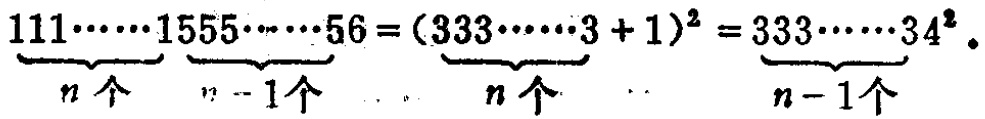
\(\underbrace{111\cdots\cdots1}_{n个}\underbrace{555\cdots\cdots5}_{n - 1个}6=(\underbrace{333\cdots\cdots3}_{n个}+1)^2=\underbrace{333\cdots\cdots3}_{n - 1个}4^2\)